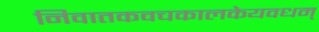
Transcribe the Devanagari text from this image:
निवातकवचकालकेयवधम्